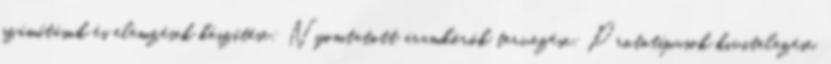
számítások és elemzések készítése; Nyomtatott áramkörök tervezése; Prototípusok kivitelezése,